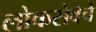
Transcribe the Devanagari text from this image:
लोकसेवेचे